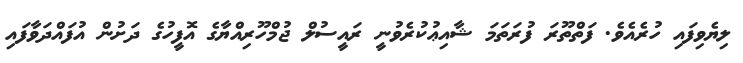
ލިޔެވިފައި ހުރެއެވެ. ފަތްތޫރަ ފުރަތަމަ ޝާއިޢުކުރެވުނީ ރައީސުލް ޖުމްހޫރިއްޔާގެ އޮފީހުގެ ދަށުން އުފައްދަވާފައި